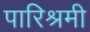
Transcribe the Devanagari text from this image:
पारिश्रमी